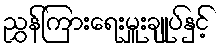
ညွှန်ကြားရေးမှူးချုပ်နှင့်